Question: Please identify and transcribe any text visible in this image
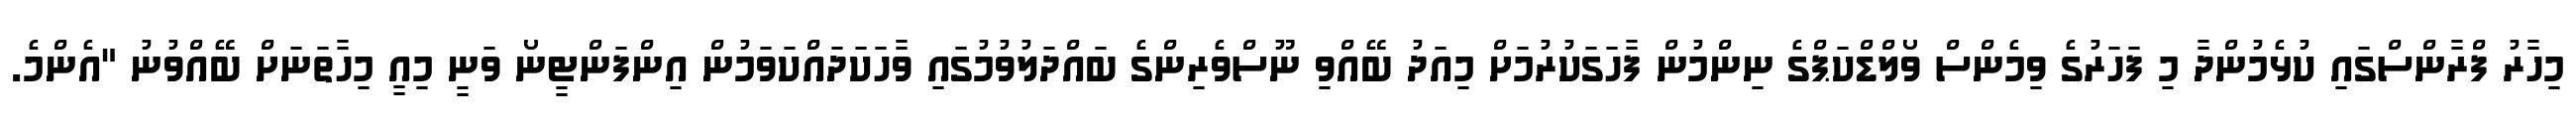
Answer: މިހާރު ފްރާންސްގައި ކުޅެމުންދާ މި ފަހަރުގެ ވިމެންސް ވޯލްޑްކަޕްގެ ނިންމުން ފާހަގަކުރުމަށް މިއަދު ބޭއްވި ނޫސްވެރިންގެ ބައްދަލުވުމުގައި ވާހަކަދައްކަވަމުން އިންފަންޓީނޯ ވަނީ މިއީ މިހާތަނަށް ބޭއްވުނު "އެންމެ.